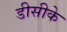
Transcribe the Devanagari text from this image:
डीसीके